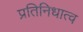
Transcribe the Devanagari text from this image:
प्रतिनिधात्व